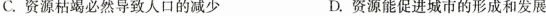
C.资源枯竭必然导致人口的减少 D.资源能促进城市的形成和发展